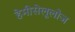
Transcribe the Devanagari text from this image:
हेमीसेलूलोज